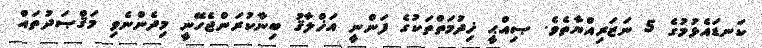
ކަނޑައެޅުމުގެ 5 ނަޒަރިއްޔާތެވެ. ޞިއްޙީ ޚިދުމަތްތަކުގެ ފަންނީ އަޚްލާޤު ބިނާކުރަންޖެހޭނީ މިދެންނެވި މަޤްޞަދުތައް